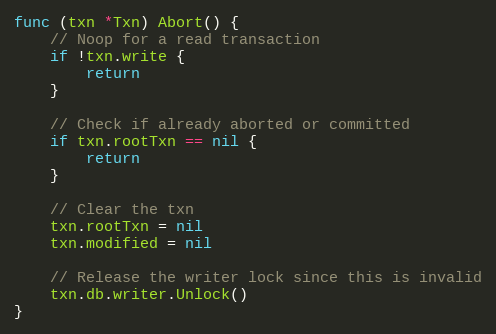
Language: Go
func (txn *Txn) Abort() {
	// Noop for a read transaction
	if !txn.write {
		return
	}

	// Check if already aborted or committed
	if txn.rootTxn == nil {
		return
	}

	// Clear the txn
	txn.rootTxn = nil
	txn.modified = nil

	// Release the writer lock since this is invalid
	txn.db.writer.Unlock()
}